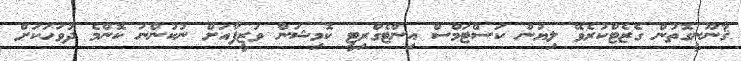
ޤާނޫނީގޮތުން ގެޒެޓްކުރެވޭ ލިޔުން ކަސްޓަމްސް އިންޓެގްރިޓީ ކޮމިޝަން ވަޒީފާއަށް ނުކުންނަ ކޮންމެ ދުވަހަކަށް